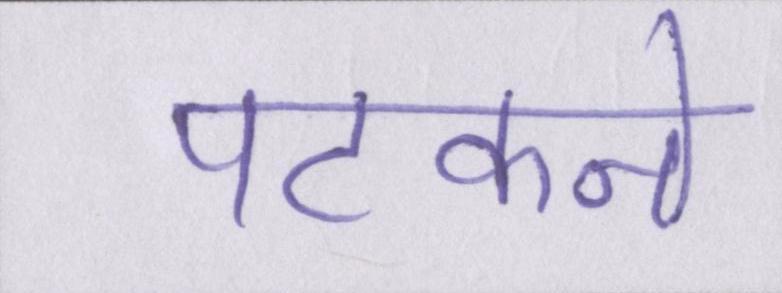
पटकने